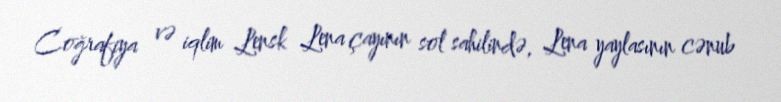
Coğrafiya və iqlim Lensk Lena çayının sol sahilində, Lena yaylasının cənub